Document type: Acquittal of debt
Year: 1424
Scribe: Francesc de Casanoves
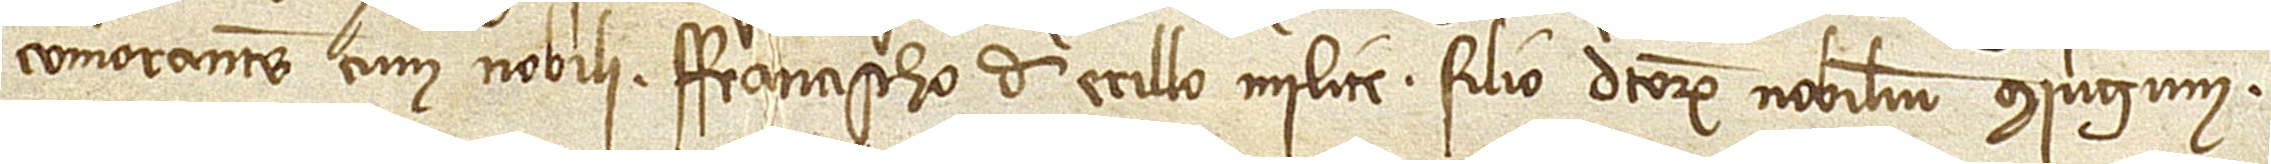
comorantes cum nobili Francischo de Erillo, milite, filio dictorum nobilium coniugium.